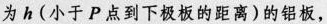
为h(小于P点到下极板的距离)的铝板，